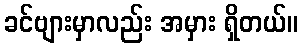
ခင်ဗျားမှာလည်း အမှား ရှိတယ်။